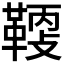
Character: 𩋸